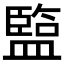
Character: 𥂭